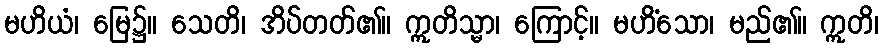
မဟိယံ၊ မြေ၌။ သေတိ၊ အိပ်တတ်၏။ ဣတိသ္မာ၊ ကြောင့်။ မဟိံသော၊ မည်၏။ ဣတိ၊